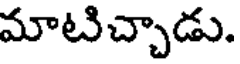
మాటిచ్చాడు.